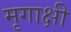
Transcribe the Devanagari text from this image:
मृगाक्षी